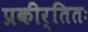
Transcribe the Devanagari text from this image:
प्रकीर्तितः